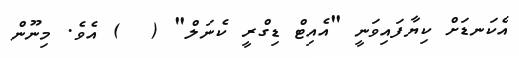
އެކަނޑަށް ކިޔާފައިވަނީ "އެއިޓް ޑިގްރީ ކެނަލް" (  ) އެވެ. މިނޫން